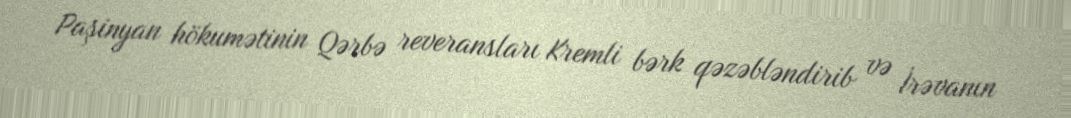
Paşinyan hökumətinin Qərbə reveransları Kremli bərk qəzəbləndirib və İrəvanın